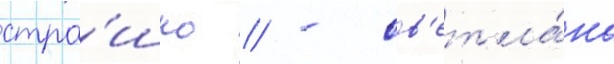
стра́шно // - св'етла́на